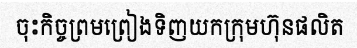
ចុះកិច្ចព្រមព្រៀងទិញយកក្រុមហ៊ុនផលិត